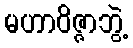
မဟာဝိဇ္ဇာဘွဲ့